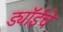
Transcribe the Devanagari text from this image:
ड्यॉईचे